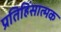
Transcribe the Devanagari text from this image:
प्रतिहिंसात्मक